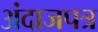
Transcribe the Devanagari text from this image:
अंदाजपत्र